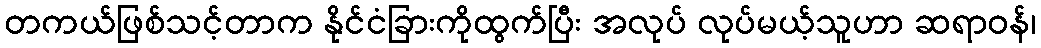
တကယ်ဖြစ်သင့်တာက နိုင်ငံခြားကိုထွက်ပြီး အလုပ် လုပ်မယ့်သူဟာ ဆရာဝန်၊